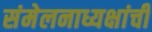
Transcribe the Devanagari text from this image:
संमेलनाध्यक्षांची